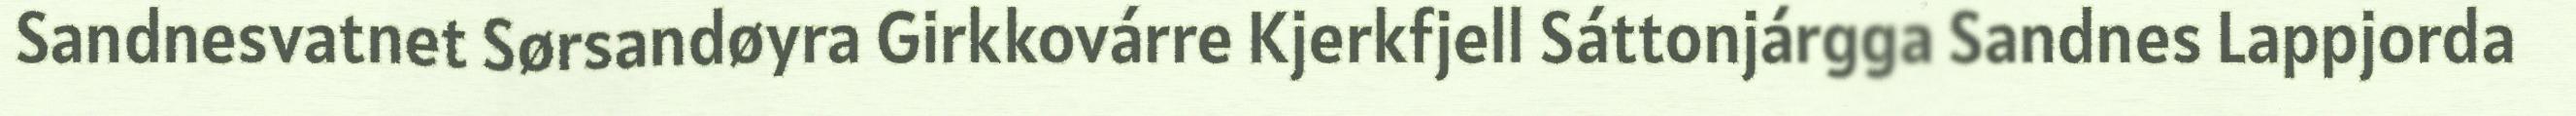
Sandnesvatnet Sørsandøyra Girkkovárre Kjerkfjell Sáttonjárgga Sandnes Lappjorda